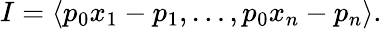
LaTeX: I=\left\langle p_{0}x_{1}-p_{1},\ldots,p_{0}x_{n}-p_{n}\right\rangle.